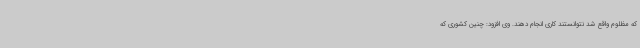
که مظلوم واقع شد نتوانستند کاری انجام دهند. وی افزود: چنین کشوری که